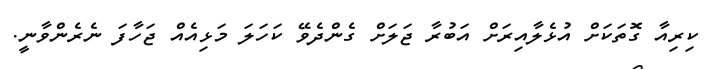
ކިރިއާ ގޮތަކަށް އުޅެލާއިރަށް އަބުރާ ޖަލަށް ގެންދެވޭ ކަހަލަ މަޅިއެއް ޖަހާފަ ނެރެންވާނީ.